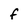
Character: f